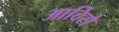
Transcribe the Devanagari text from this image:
आदिसे